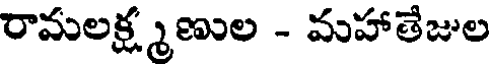
రామలక్ష్మణుల - మహాతేజుల